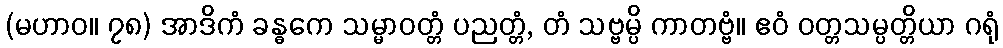
(မဟာဝ။ ၇၈) အာဒိကံ ခန္ဓကေ သမ္မာဝတ္တံ ပညတ္တံ, တံ သဗ္ဗမ္ပိ ကာတဗ္ဗံ။ ဧဝံ ဝတ္တသမ္ပတ္တိယာ ဂရုံ